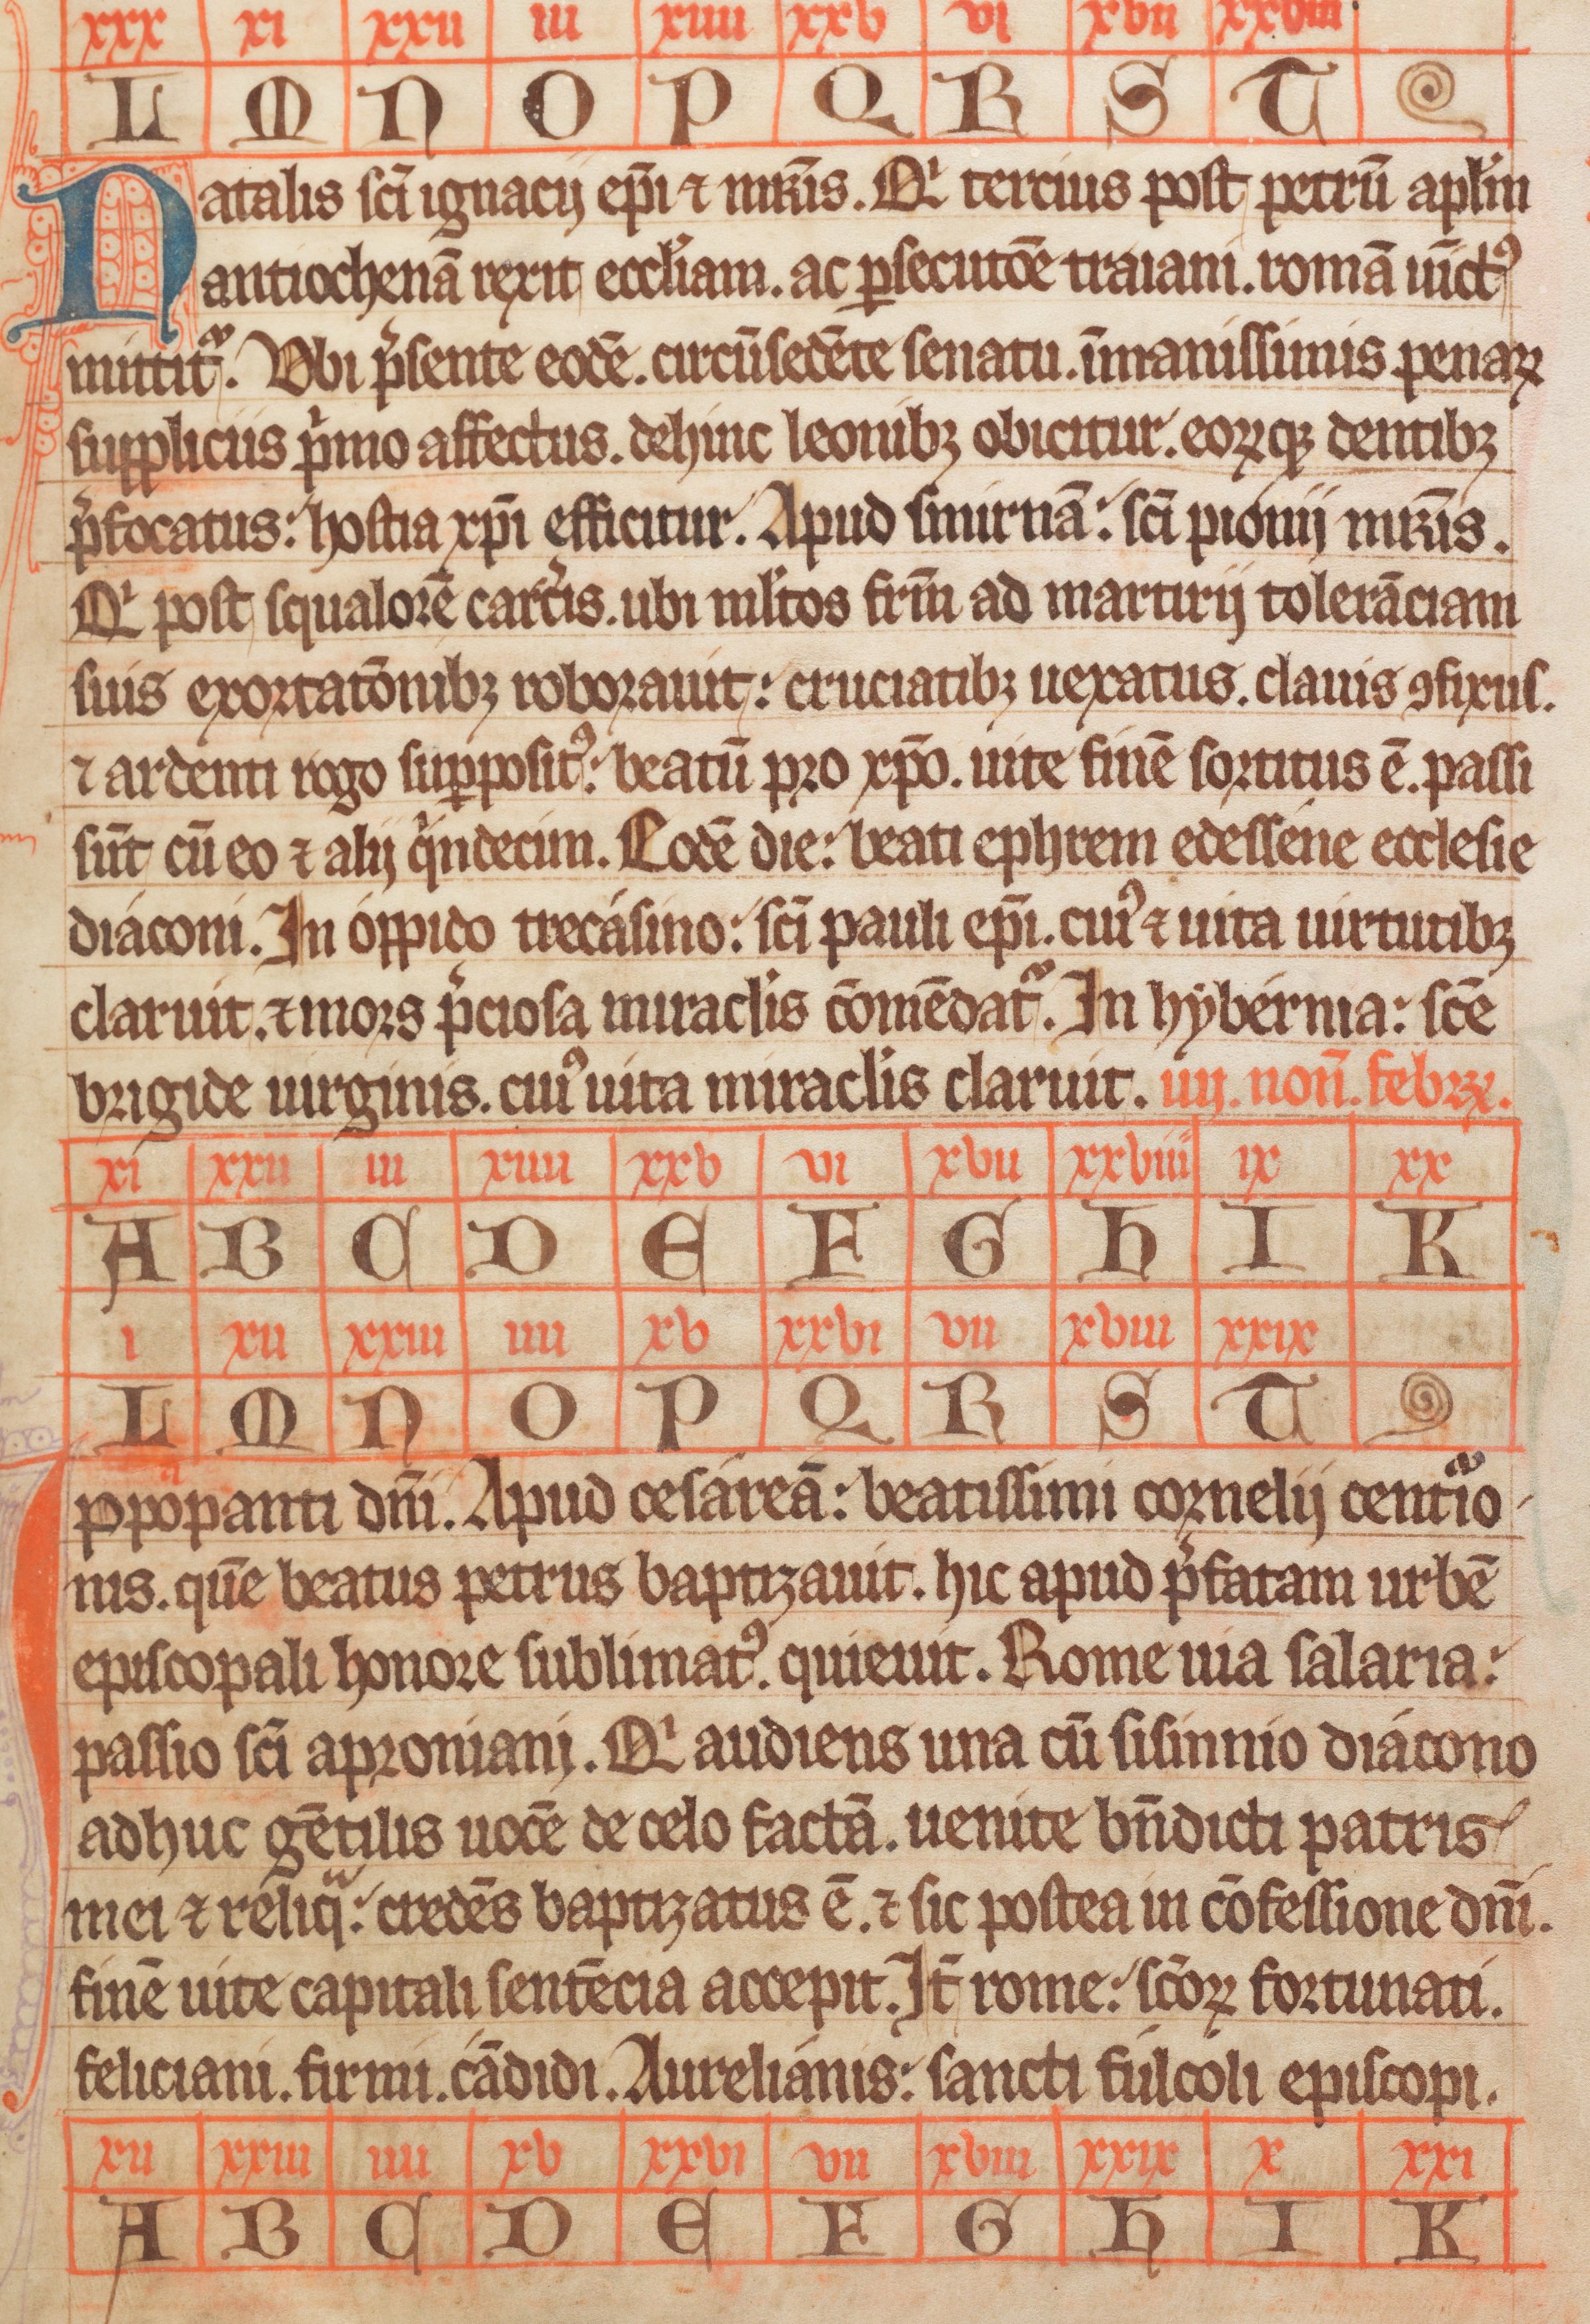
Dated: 1338–1338